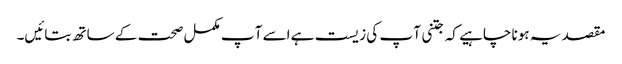
مقصد یہ ہونا چاہیے کہ جتنی آ پ کی زیست ہے اسے آ پ مکمل صحت کے ساتھ بتائیں۔